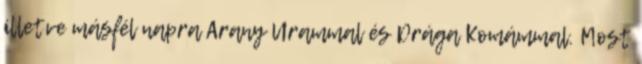
illetve másfél napra Arany Urammal és Drága Komámmal. Most